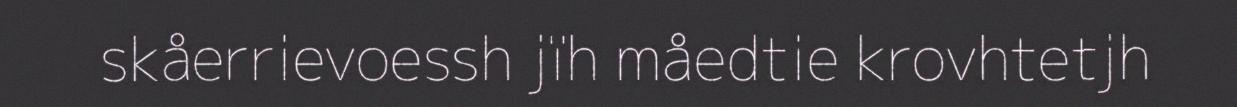
skåerrievoessh jïh måedtie krovhtetjh